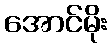
အောင်မိုး